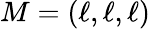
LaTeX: M=(\ell,\ell,\ell)